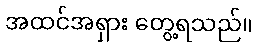
အထင်အရှား တွေ့ရသည်။